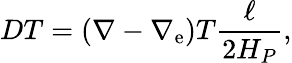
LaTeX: DT=\left(\nabla-\nabla_{\mathrm{e}}\right)T{\frac{{\ell}}{{2H_{P}}}},